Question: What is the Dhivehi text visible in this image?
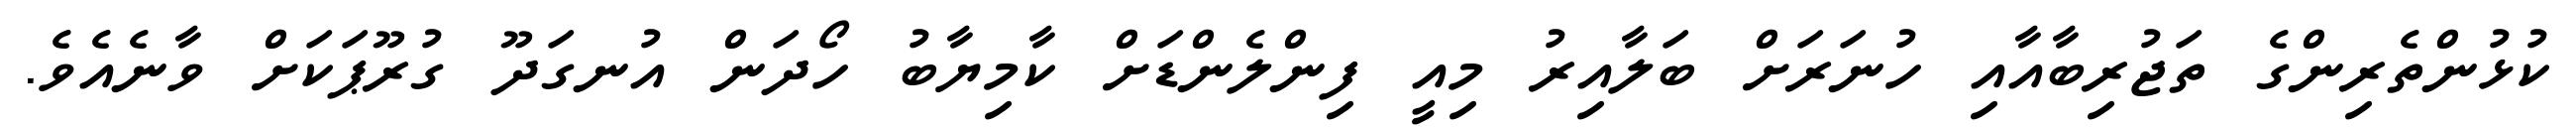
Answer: ކުޅުންތެރިންގެ ތަޖުރިބާއާއި ހުނަރަށް ބަލާއިރު މިއީ ފިންލެންޑަށް ކާމިޔާބު ހޯދަން އުނގަދޫ ގުރޫޕަކަށް ވާނެއެވެ.